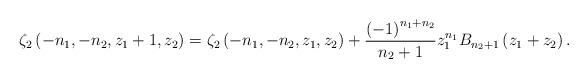
LaTeX: \begin{align*}\zeta_{2}\left(-n_{1},-n_{2},z_{1}+1,z_{2}\right)=\zeta_{2}\left(-n_{1},-n_{2},z_{1},z_{2}\right)+\frac{\left(-1\right)^{n_{1}+n_{2}}}{n_{2}+1}z_{1}^{n_{1}}B_{n_{2}+1}\left(z_{1}+z_{2}\right).\end{align*}